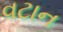
વટાન